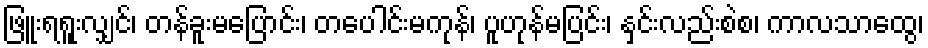
ဖြူးရရူးလျှင်၊ တန်ခူးမပြောင်း၊ တပေါင်းမကုန်၊ ပူဟုန်မပြင်း၊ နှင်းလည်းစဲစ၊ ကာလသာထွေ၊